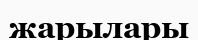
жарылары